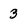
Character: 3